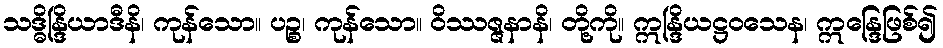
သဒ္ဓိန္ဒြိယာဒီနိ၊ ကုန်သော။ ပဉ္စ၊ ကုန်သော။ ဝိဿဇ္ဇနာနိ၊ တို့ကို။ ဣန္ဒြိယဋ္ဌဝသေန၊ ဣန္ဒြေဖြစ်၍